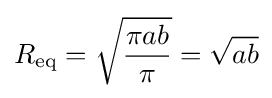
R_{\text{eq}}={\sqrt {\frac {\pi ab}{\pi }}}={\sqrt {ab}}